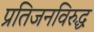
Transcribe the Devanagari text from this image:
प्रतिजनविरुद्ध